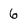
Character: 6